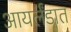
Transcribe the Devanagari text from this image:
आयर्लंडात